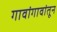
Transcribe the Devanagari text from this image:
गावांगावांतून